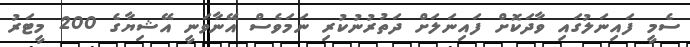
ސެމީ ފައިނަލުގައި ވާދަކޮށް ފައިނަލަށް ދަތުރުނުކުރި ނަމަވެސް އޭނާވަނީ އޭޝިޔާގެ 200 މީޓަރު